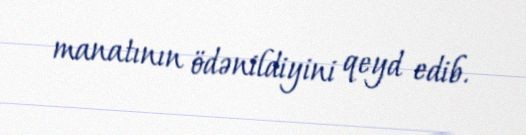
manatının ödənildiyini qeyd edib.